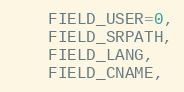
Language: C
    FIELD_USER=0,
    FIELD_SRPATH,
    FIELD_LANG,
    FIELD_CNAME,